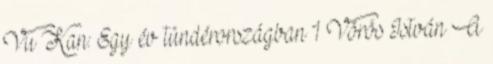
Vu Kan: Egy év tündérországban 1 Vörös István A